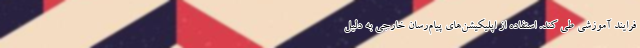
فرایند آموزشی طی کند. استفاده از اپلیکیشن‌های پیام‌رسان خارجی به دلیل